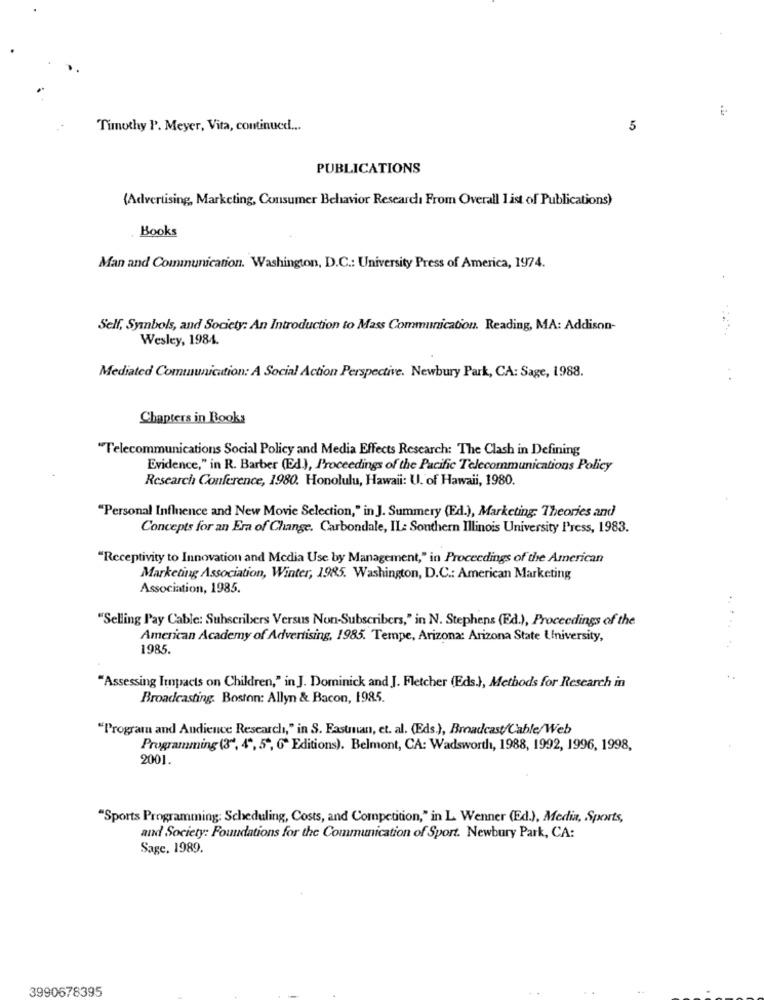
Timothy P. Meyer, Vita, continued ...
5
PUBLICATIONS
(Advertising, Marketing, Consumer Behavior Research From Overall I ist of Publications)
Books
Man and Communication. Washington, D.C .: University Press of America, 1974.
Self, Symbols, and Society: An Introduction to Mass Communication. Reading, MA: Addison-
Wesley, 1984.
Mediated Communication: A Social Action Perspective. Newbury Park, CA: Sage, 1988.
Chapters in Books
"Telecommunications Social Policy and Media Effects Research: The Clash in Defining
Evidence," in R. Barber (Ed.), Proceedings of the Pacific Telecommunications Policy
Research Conference, 1980. Honolulu, Hawaii: U. of Hawaii, 1980
"Personal Influence and New Movie Selection," in J. Summery (Ed.), Marketing: Theories and
Concepts for an Era of Change. Carbondale, IL: Southern Illinois University Press, 1983.
"Receptivity to Innovation and Media Use by Management," in Proceedings of the American
Marketing Association, Winter, 1985. Washington, D.C .: American Marketing
Association, 1985.
"Selling Pay Cable: Subscribers Versus Non-Subscribers," in N. Stephens (Ed.), Proceedings of the
American Academy of Advertising, 1985. Tempe, Arizona: Arizona State University,
1985.
"Assessing Impacts on Children," in J. Dominick and J. Fletcher (Eds.), Methods for Research in
Broadcasting. Boston: Allyn & Bacon, 1985.
"Program and Audience Research," in S. Eastman, et. al. (Eds.), Broadcast/Cable/Web
Programming (3", 4", 5", 6ª Editions). Belmont, CA: Wadsworth, 1988, 1992, 1996, 1998,
2001.
"Sports Programming: Scheduling, Costs, and Competition," in L. Wenner (Ed.), Media, Sports,
and Society: Foundations for the Communication of Sport. Newbury Park, CA:
Sage. 1989.
3990678395